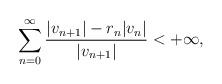
LaTeX: \begin{align*} \displaystyle\sum_{n=0}^\infty \frac{|v_{n+1}|-r_n|v_n|}{|v_{n+1}|}<+\infty,\end{align*}